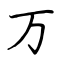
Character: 万